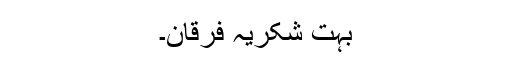
بہت شکریہ فرقان۔